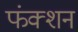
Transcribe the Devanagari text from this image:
फंक्‍शन